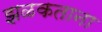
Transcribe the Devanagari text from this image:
झळकताना